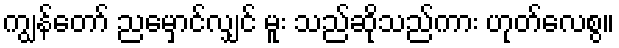
ကျွန်တော် ညမှောင်လျှင် မူး သည်ဆိုသည်ကား ဟုတ်လေစွ။